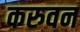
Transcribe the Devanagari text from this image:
करुवन